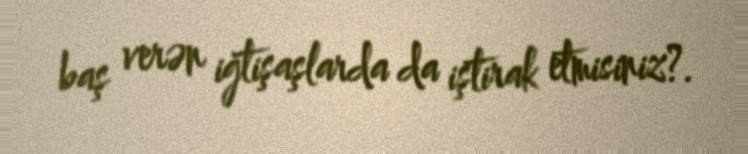
baş verən iğtişaşlarda da iştirak etmisiniz?.